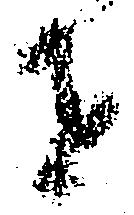
者